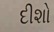
દીશો